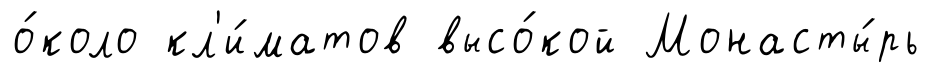
о́коло кл'и́матов высо́кой Монасты́рь